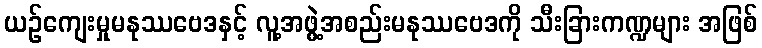
ယဉ်ကျေးမှုမနုဿဗေဒနှင့် လူ့အဖွဲ့အစည်းမနုဿဗေဒကို သီးခြားကဏ္ဍများ အဖြစ်